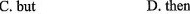
C. but D. then